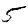
Digit: 5